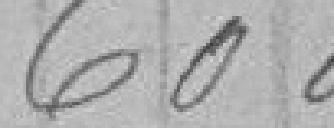
600,00